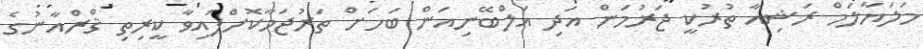
މަލަޔާލަމް ރަޝިއާ ތުރުކީ ޖަރުމަން އަދި އަލްބޭނިއަން ބަހަށް ތަރުޖަމާކޮށްފައިވާ ކީރިތި ޤްރްއާނުގެ